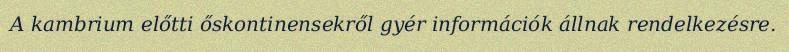
A kambrium előtti őskontinensekről gyér információk állnak rendelkezésre.